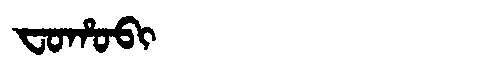
Manchu: ᠸᠣᡥᠣᠪᡳ
Romanization: FOHOBI